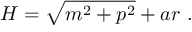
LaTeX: H = \sqrt { m ^ { 2 } + p ^ { 2 } } + a r \ .